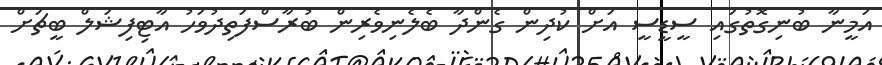
އަމީނާ ބުނިގޮތުގައި ސީޑީސީ އަށް ކުދިން ގެންދާ ބެލެނިވެރިން ބުރާސްފަތިދުވަހު އާޓިފިޝަލް ބީޗަށް